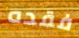
فقده